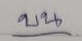
บน